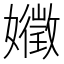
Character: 𭒧